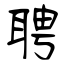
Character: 聘